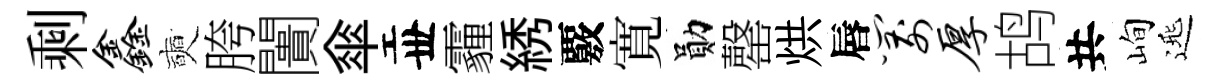
剩鑫奭胯闠傘丗霾綉覈寛勛罄烘唇箭厚鸪共峋𨓱